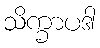
သိက္ခာပဒါ